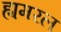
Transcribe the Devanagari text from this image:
ह्यमरल